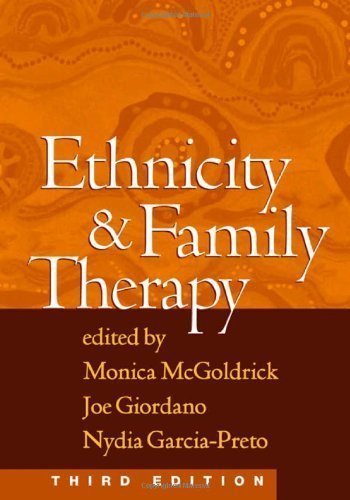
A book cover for Ethnicity and Family Therapy, Third Edition by Monica McGoldrick Published by The Guilford Press 3rd (third) edition (2005) Hardcover; Medical Books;